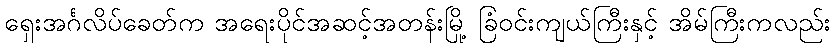
ရှေးအင်္ဂလိပ်ခေတ်က အရေးပိုင်အဆင့်အတန်းမြို့ ခြံဝင်းကျယ်ကြီးနှင့် အိမ်ကြီးကလည်း